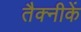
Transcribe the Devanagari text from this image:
तैक्नीकें